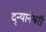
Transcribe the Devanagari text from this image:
द्न्यानेश्वरी